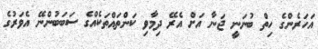
އަހަރެންގެ ހިތް ބުނަނީ ޖަނާ އަށް އެރޭ ދިމާވި ކަންތައްތަކެއްގެ ސަބަބުންނޭ އެވަރުގެ